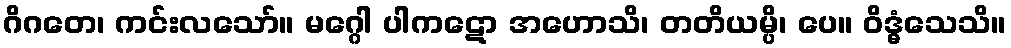
ဂိဂတေ၊ ကင်းလသော်။ မဂ္ဂေါ ပါကဋော အဟောသိ၊ တတိယမ္ပိ၊ ပေ။ ဝိဒ္ဓံသေသိ။